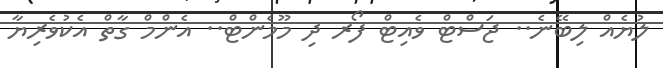
ލުޔެއް ލިބޭނެ.. ޖަސްޓް ވެއިޓް ފޯރ ދި މޫމެންޓް.. އެންމް ގާތް އެކުވެރިޔާ